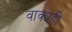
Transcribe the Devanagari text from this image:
वाक्यही